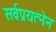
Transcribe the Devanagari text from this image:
सर्वप्रयत्नेन